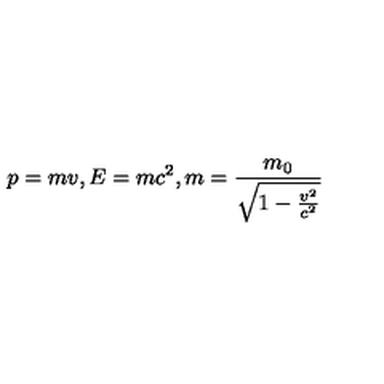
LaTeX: p = m v , E = m c ^ { 2 } , m = \frac { m _ { 0 } } { \sqrt { 1 - \frac { v ^ { 2 } } { c ^ { 2 } } } }